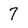
Character: 7